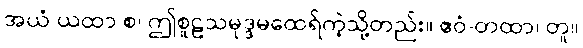
အယံ ယထာ စ၊ ဤစူဠသမုဒ္ဒမထေရ်ကဲ့သို့တည်း။ ဧဝံ-တထာ၊ တူ။